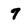
Character: 7